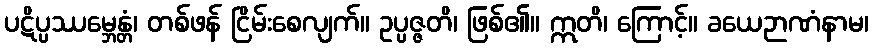
ပဋိပ္ပဿမ္ဘေန္တံ၊ တစ်ဖန် ငြိမ်းစေလျက်။ ဥပ္ပဇ္ဇတိ၊ ဖြစ်၏။ ဣတိ၊ ကြောင့်။ ခယေဉာဏံနာမ၊